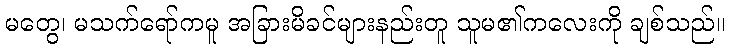
မတွေ၊ မသက်ရော်ကမူ အခြားမိခင်များနည်းတူ သူမ၏ကလေးကို ချစ်သည်။